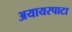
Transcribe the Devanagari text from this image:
अयायरपाटा